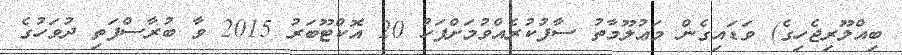
ބިއްލޫރިޖެހިގެ) ވަޑައިގެން މަޢުލޫމާތު ސާފުކުރެއްވުމަށްފަހު 20 އޮކްޓޫބަރު 2015 ވާ ބުރާސްފަތި ދުވަހުގެ